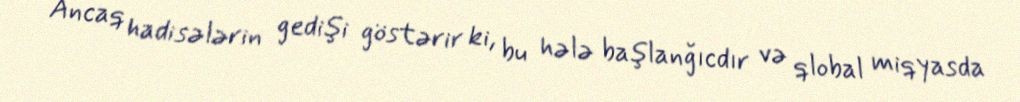
Ancaq hadisələrin gedişi göstərir ki, bu hələ başlanğıcdır və qlobal miqyasda